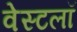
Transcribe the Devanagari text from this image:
वेस्टलॉ